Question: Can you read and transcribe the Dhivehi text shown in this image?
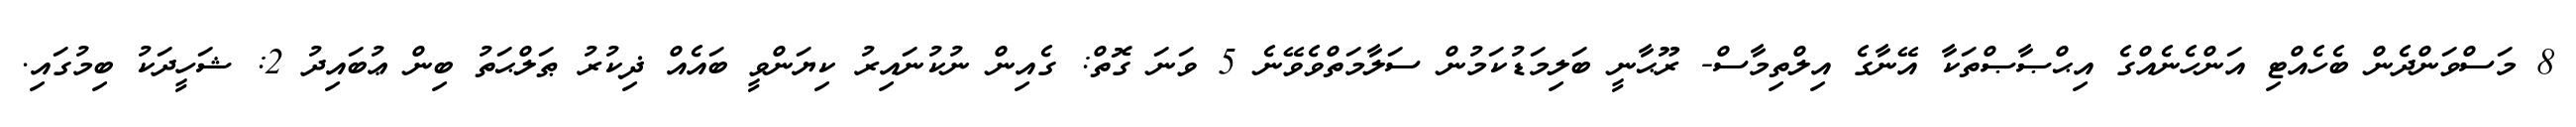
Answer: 8 މަސްވަންދެން ބެހެއްޓި އަންހެނެއްގެ އިޙްޞާޞްތަކާ އޭނާގެ އިލްތިމާސް- ރޫޙާނީ ބަލިމަޑުކަމުން ސަލާމަތްވެވޭނެ 5 ވަނަ ގޮތް: ގެއިން ނުކުނައިރު ކިޔަންވީ ބައެއް ޛިކުރު ޠަލްޙަތު ބިން ޢުބައިދު 2: ޝަހީދަކު ބިމުގައި.